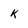
Character: k